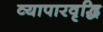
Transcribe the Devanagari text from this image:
व्यापारवृद्धि